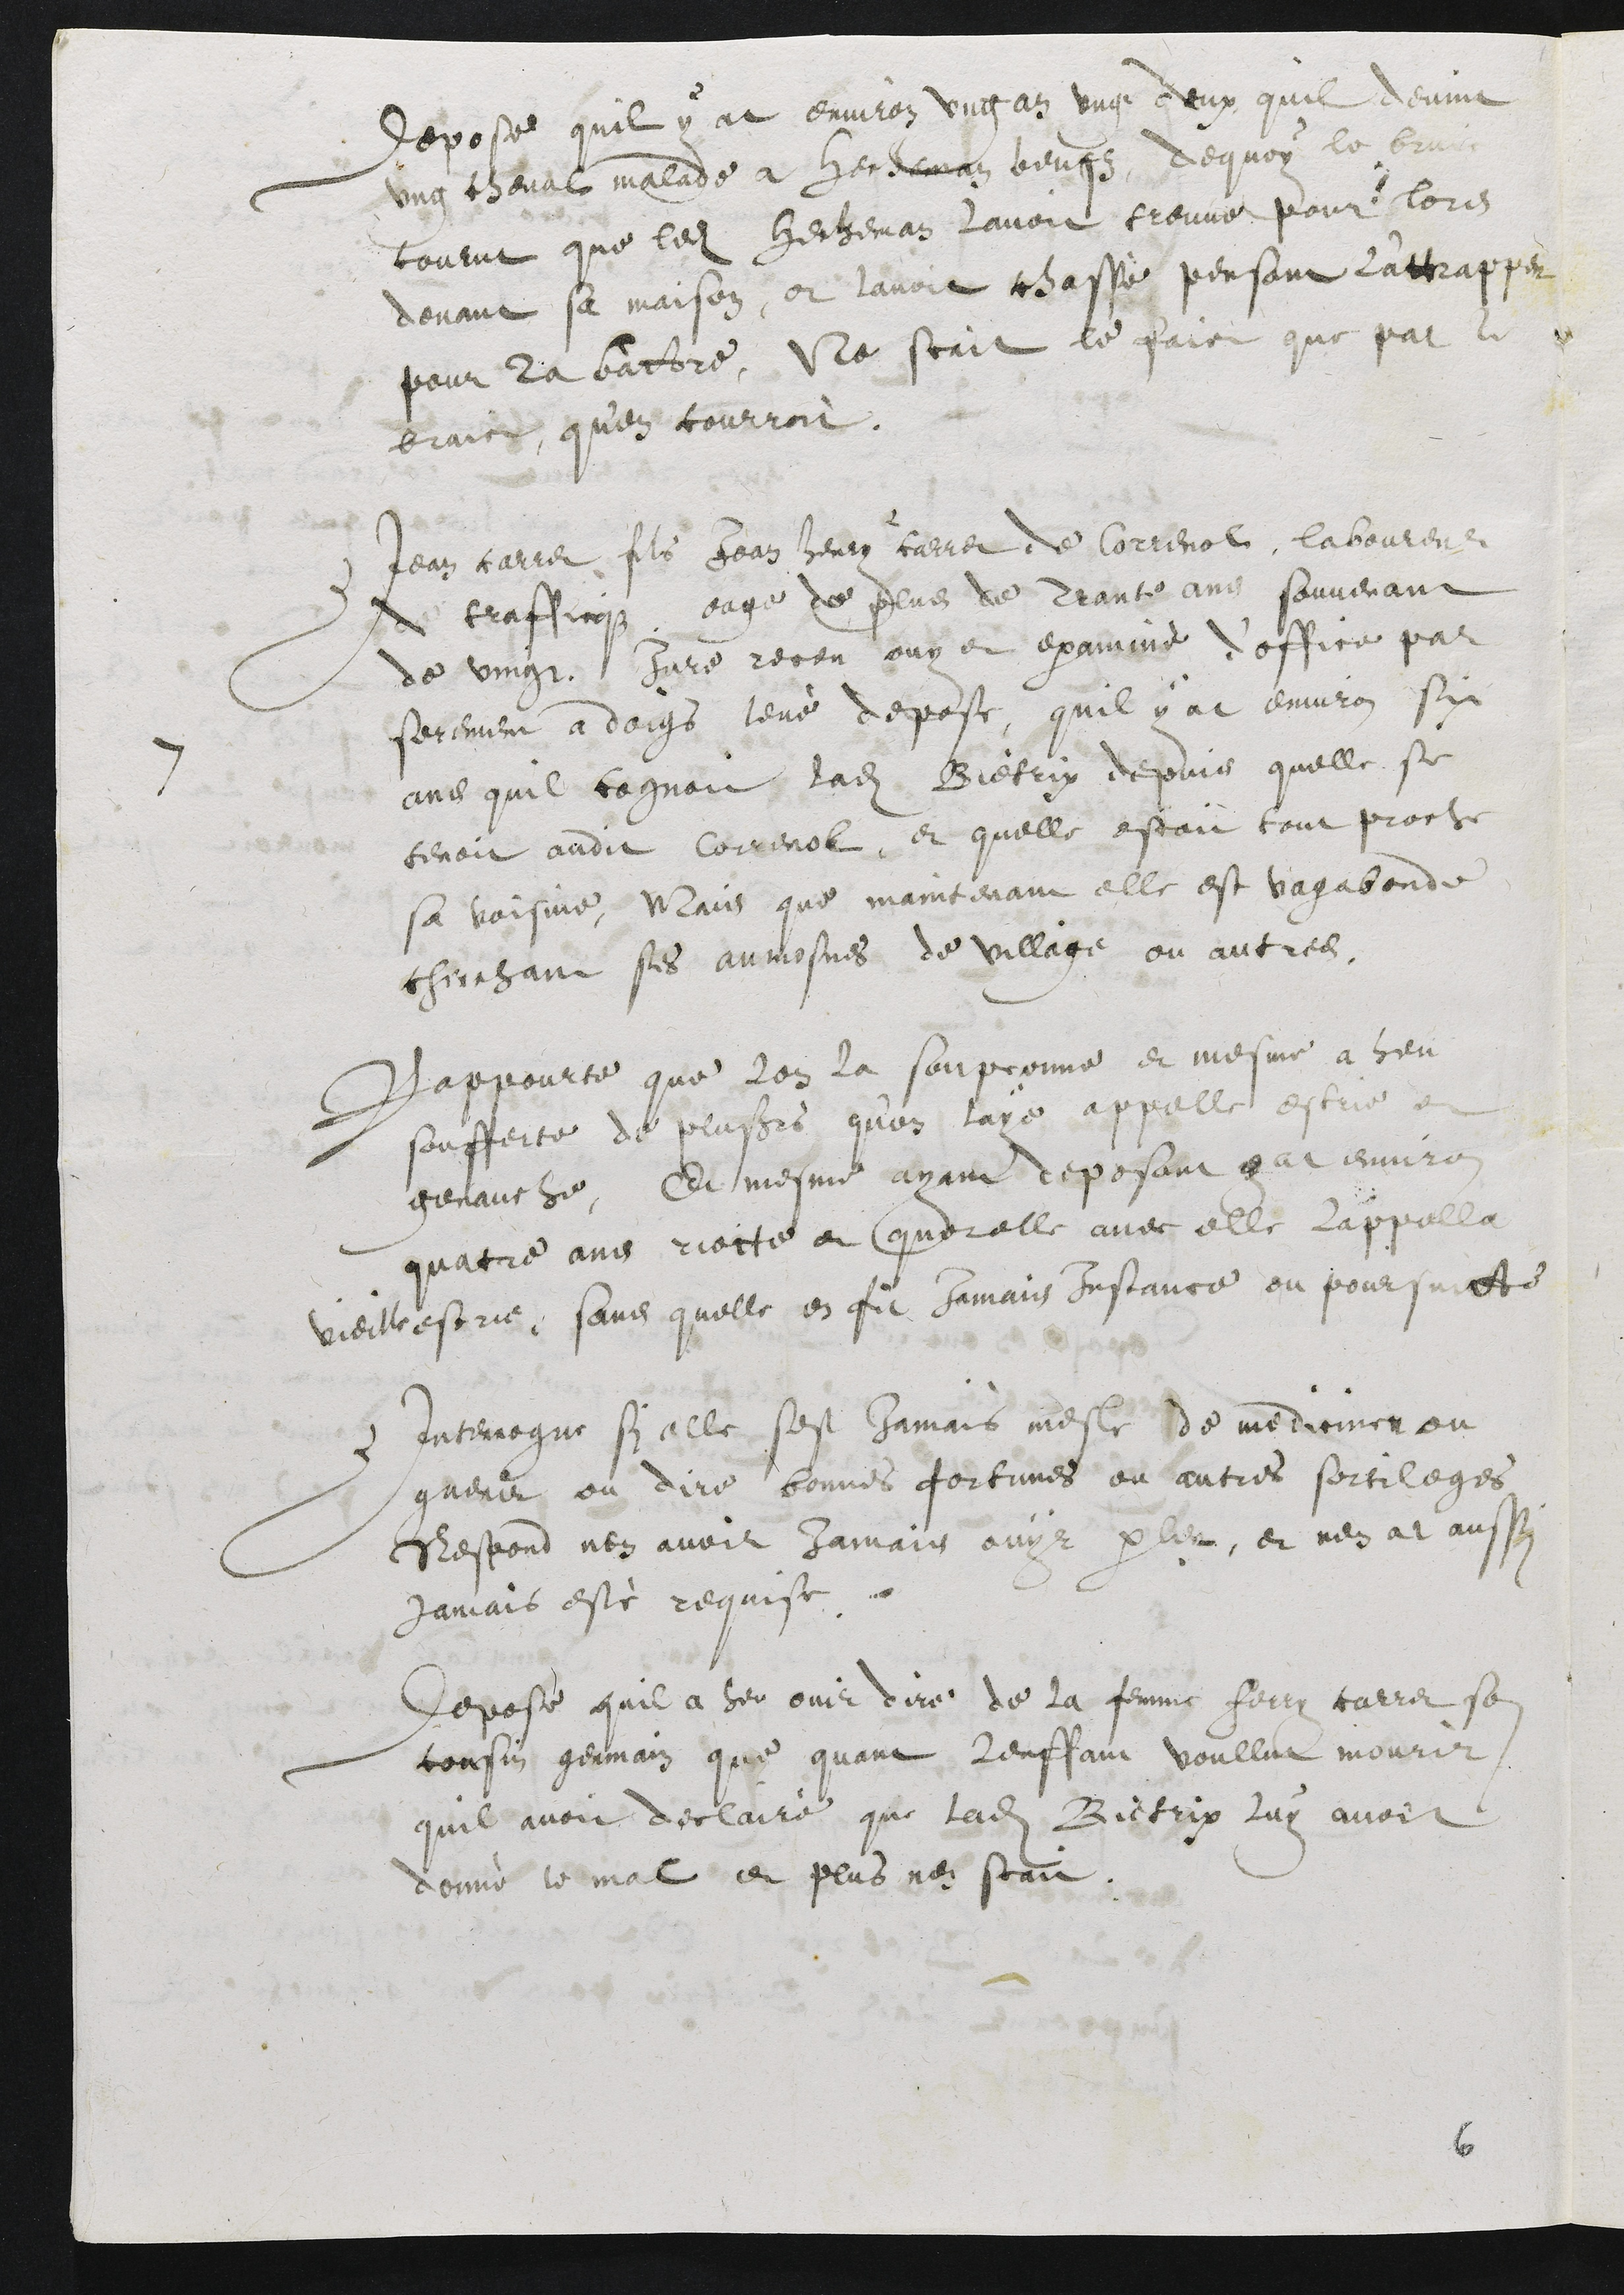
Depose quil y at environ ung an ung deux quil devint
ung cheval malade a henman beufz, dequoy le bruit
courut que ledit Hecheman lavoit treuve pour lors
devant sa maison, et lavoit chassé, pensant lattrapper
pour la battre, Ne scait le faict que par le
bruict qu'en courroit.
7 Jean carrer fils Jean henry carrer de Correnol laboureur
de trafficqz, eage de plus de trante ans souvenant
de vingt Jure receu ouy et examiné d’office par
serement a doigs levé depose, quil y at environ six
ans quil cognoit ladite Bietrix depuis quelle se
tenoit audit Correnol, et quelle estoit tout proche
sa voisine, Mais que maintenant elle est vagabonde
cherchant ses aumosnes de village ou autres.
Rappourte que lon la soupconne et mesme a heu
soufferte de plusieurs qu'on laye appelle estrie et
genauche, Et mesme ayant deposant y at environ
quatre ans riotte et querelle avec elle lappella
vieille estrie, sans quelle en fit jamais Instance ou poursuitte
Interrogue si elle sest Jamais mesle de medicine ou
guerir ou dire bonnes fortunes ou autres sortileges
Respond nen avoir Jamais ouyr parler, et nen at aussi
jamais esté requise.
Depose quil a heu ouir dire de la femme Ferry carrer son
cousin germain que quant lenffant voullut mourir
quil avoit declairé que ladite Bietrix luy avoit
donné le mal et plus nen scait.

6